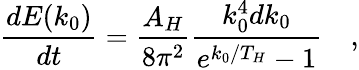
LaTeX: {\frac{dE(k_{0})}{dt}}={\frac{A_{H}}{8\pi^{2}}}{\frac{k_{0}^{4}dk_{0}}{e^{k_{0}/T_{H}}-1}}\quad,